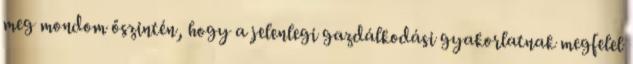
meg mondom őszintén, hogy a jelenlegi gazdálkodási gyakorlatnak megfelel